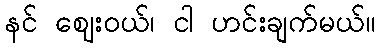
နင် ဈေးဝယ်၊ ငါ ဟင်းချက်မယ်။